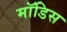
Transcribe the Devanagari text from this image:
मॉडिस